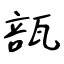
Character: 瓿